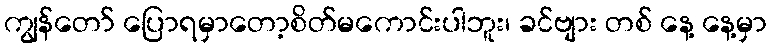
ကျွန်တော် ပြောရမှာတော့စိတ်မကောင်းပါဘူး၊ ခင်ဗျား တစ် နေ့ နေ့မှာ